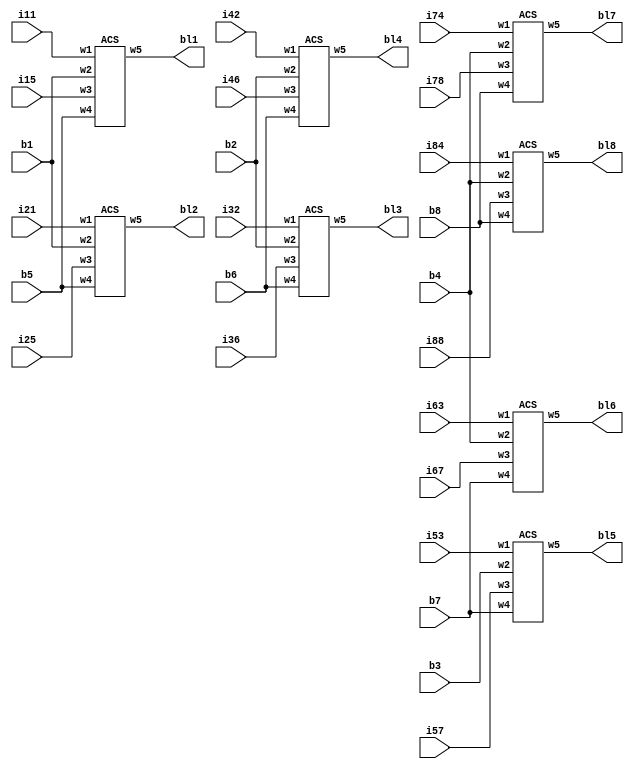
module BSMCU(
//input clock,
input signed[11:0]i11,i15,i21,i25,i32,i36,i42,i46,i53,i57,i63,i67,i74,i78,i84,i88,b1,b2,b3,b4,b5,b6,b7,b8,
output signed [11:0]bl1,bl2,bl3,bl4,bl5,bl6,bl7,bl8);
ACS c1(i11,b1,i15,b5,bl1);
ACS c2(i21,b1,i25,b5,bl2);
ACS c3(i32,b2,i36,b6,bl3);
ACS c4(i42,b2,i46,b6,bl4);
ACS c5(i53,b3,i57,b7,bl5);
ACS c6(i63,b4,i67,b7,bl6);
ACS c7(i74,b4,i78,b8,bl7);
ACS c8(i84,b4,i88,b8,bl8);
endmodule

module ACS(w1,w2,w3,w4,w5);
input signed [11:0]w1,w2,w3,w4;
output signed [11:0] w5;
wire signed [11:0] d1,d2;
adda ad1(w1,w2,d1);
adda ad2(w3,w4,d2);
cmp cm1(d1,d2,w5);
endmodule

module adda(x1,x2,x3);
input signed [11:0]x1,x2;
output signed [11:0]x3;
assign   x3 = x1 + x2;
endmodule 


module cmp(y1,y2,y3);
input signed [11:0]y1,y2;
output reg signed[11:0]y3;
always@(y1 or y2)
begin 
        if(y1 > y2)
                y3 <= y1;
        else
                y3 <= y2;
end
endmodule